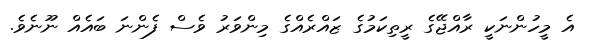
އެ މީހުންނަކީ ރާއްޖޭގެ ރީތިކަމުގެ ޒައްރެއްގެ މިންވަރު ވެސް ފެންނަ ބައެއް ނޫނެވެ.